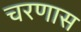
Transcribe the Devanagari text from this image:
चरणास